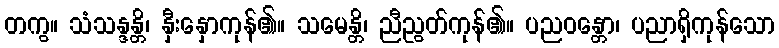
တကွ။ သံသန္ဒန္တိ၊ နှီးနှောကုန်၏။ သမေန္တိ၊ ညီညွတ်ကုန်၏။ ပညဝန္တော၊ ပညာရှိကုန်သော